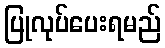
ပြုလုပ်ပေးရမည်